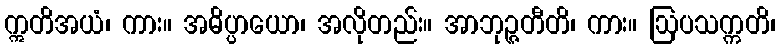
ဣတိအယံ၊ ကား။ အဓိပ္ပာယော၊ အလိုတည်း။ အာဘုဉ္ဇတီတိ၊ ကား။ ဩပသက္ကတိ၊